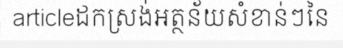
articleដកស្រង់អត្ថន័យសំខាន់ៗនៃ